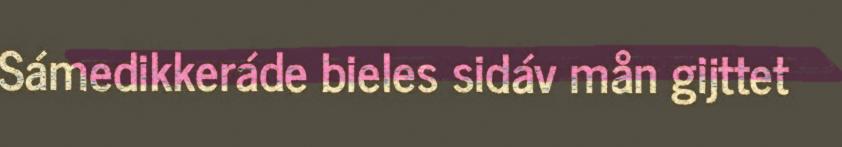
Sámedikkeráde bieles sidáv mån gijttet